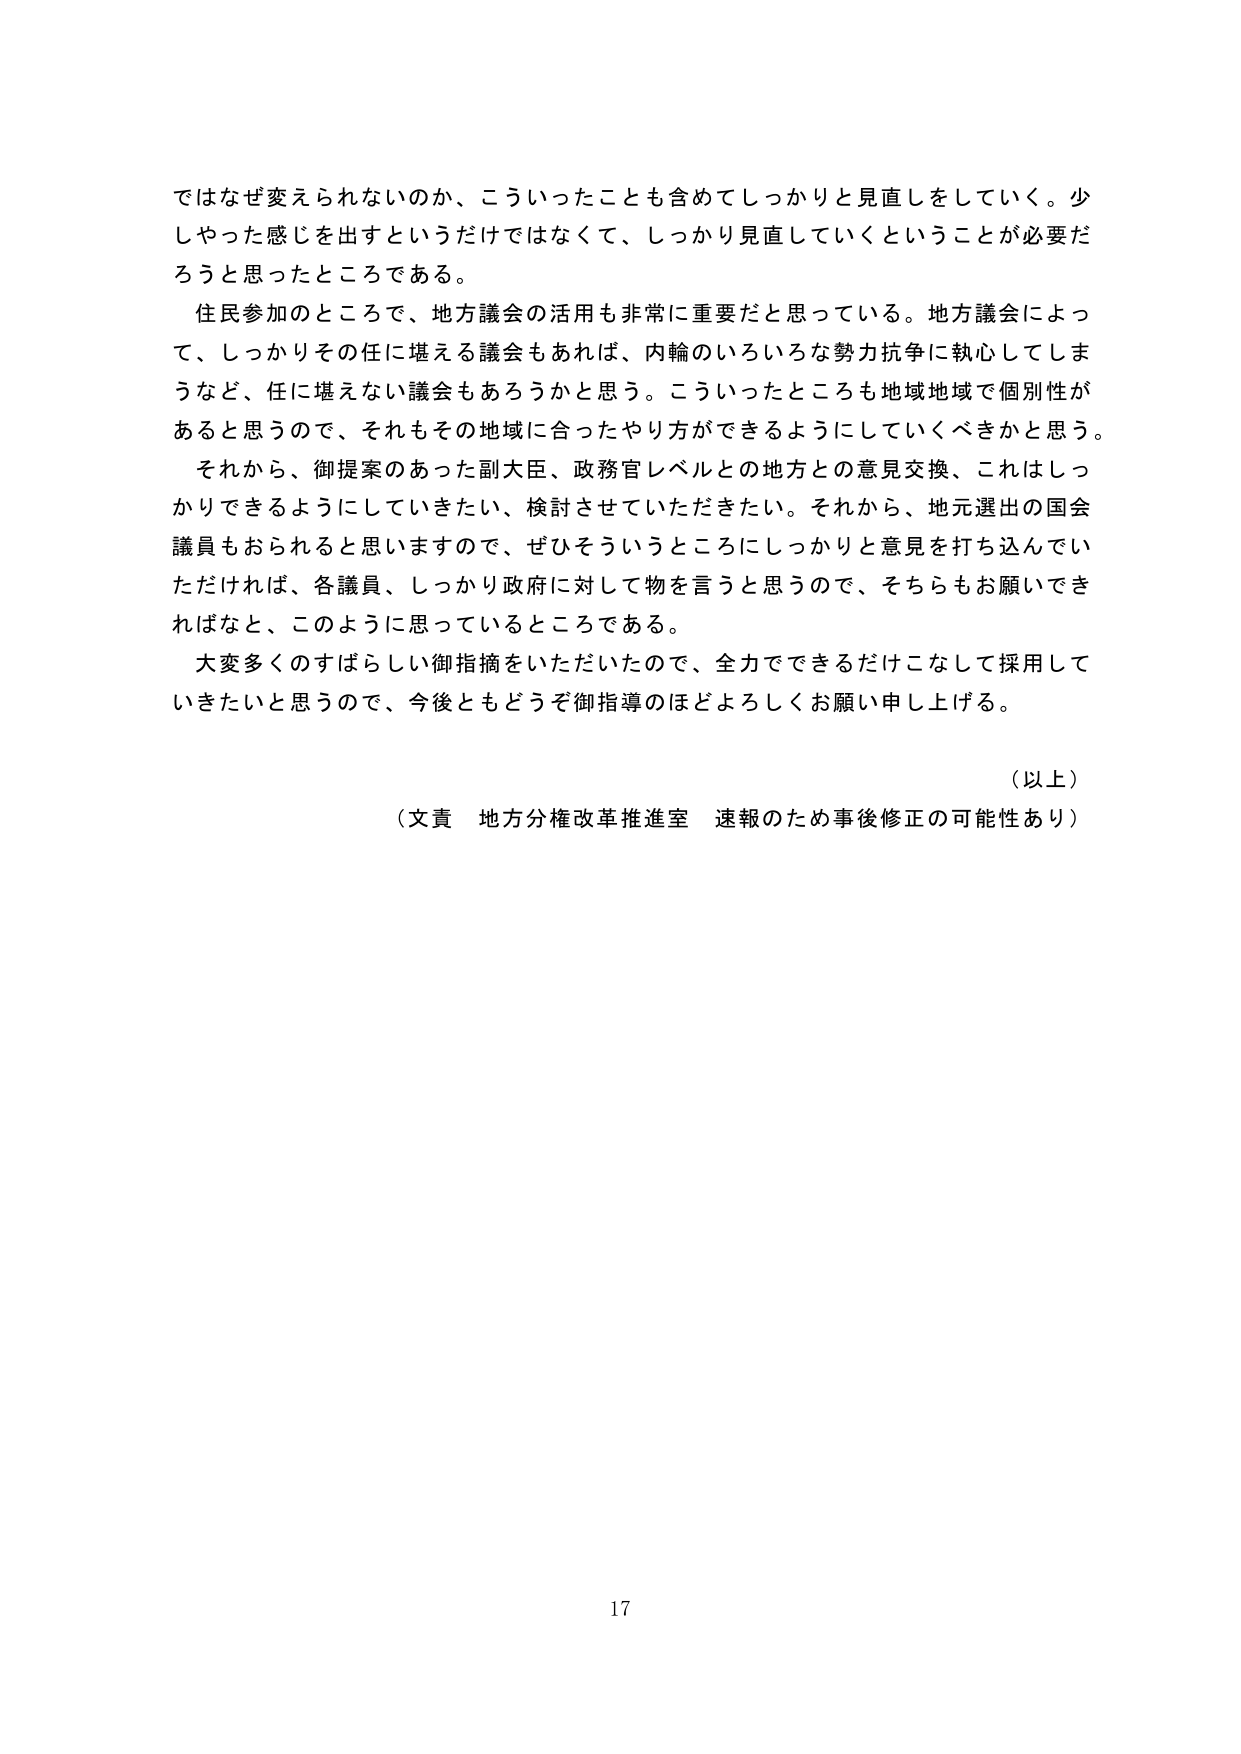
ではなぜ変えられないのか、こういったことも含めてしっかりと見直しをしていく。少しだけ感じを出すというだけではなくて、しっかり見直していくということが必要だろうと思ったところである。

住民参加のところで、地方議会の活用も非常に重要だと思っている。地方議会によって、しっかりその任に堪える議会もあれば、内輪のいろいろな勢力抗争に執心してしまうなど、任に堪えない議会もあろうかと思う。こういったところも地域地域で個別性があると思うので、それもその地域に合ったやり方ができるようにしていくべきかと思う。

それから、御提案のあった副大臣、政務官レベルとの地方との意見交換、これはしっかりできるようにしていきたい、検討させていただきたい。それから、地元選出の国会議員もおられると思いますので、ぜひそういうところにしっかりと意見を打ち込んでいただければ、各議員、しっかり政府に対して物を言うと思うので、そちらもお願いできればなと、このように思っているところである。

大変多くのすばらしい御指摘をいただいたので、全力でできるだけこなして採用していきたいと思うので、今後ともどうぞ御指導のほどよろしくお願い申し上げる。

（以上）

（文責 地方分権改革推進室 速報のため事後修正の可能性あり）

17